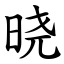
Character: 晓